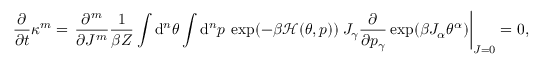
\frac { \partial } { \partial t } \kappa ^ { m } = \left. \frac { \partial ^ { m } } { \partial J ^ { m } } \frac { 1 } { \beta Z } \int \mathrm { d } ^ { n } \theta \int \mathrm { d } ^ { n } p \: \exp ( - \beta \mathcal { H } ( \theta , p ) ) \: J _ { \gamma } \frac { \partial } { \partial p _ { \gamma } } \exp ( \beta J _ { \alpha } \theta ^ { \alpha } ) \right| _ { J = 0 } = 0 ,